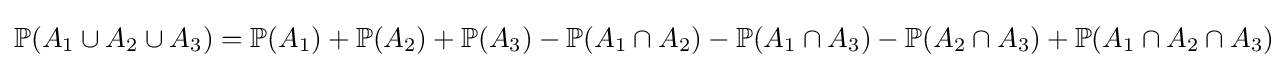
\mathbb {P} (A_{1}\cup A_{2}\cup A_{3})=\mathbb {P} (A_{1})+\mathbb {P} (A_{2})+\mathbb {P} (A_{3})-\mathbb {P} (A_{1}\cap A_{2})-\mathbb {P} (A_{1}\cap A_{3})-\mathbb {P} (A_{2}\cap A_{3})+\mathbb {P} (A_{1}\cap A_{2}\cap A_{3})